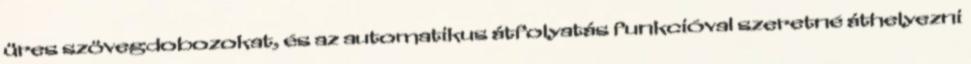
üres szövegdobozokat, és az automatikus átfolyatás funkcióval szeretné áthelyezni